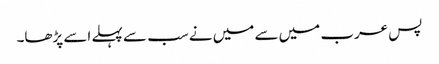
پس عرب میں سے میں نے سب سے پہلے اسے پڑھا۔